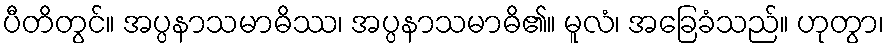
ပီတိတွင်။ အပ္ပနာသမာဓိဿ၊ အပ္ပနာသမာဓိ၏။ မူလံ၊ အခြေခံသည်။ ဟုတွာ၊